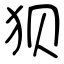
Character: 狈